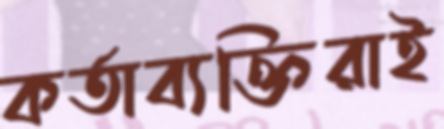
কর্তাব্যক্তিরাই